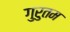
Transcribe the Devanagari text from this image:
गुरुतम